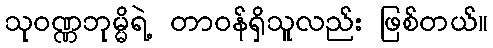
သုဝဏ္ဏဘုမ္မိရဲ့ တာဝန်ရှိသူလည်း ဖြစ်တယ်။